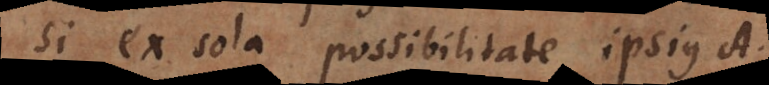
si ex sola possibilitate ipsius A